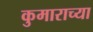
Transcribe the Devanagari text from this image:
कुमाराच्या